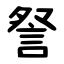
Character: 詧